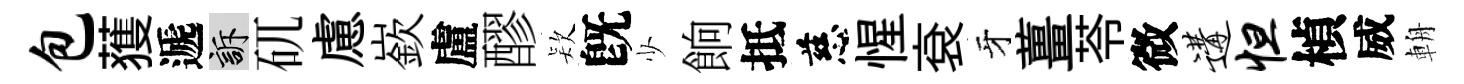
包𫉬遞訴矹慮嶔盧醪𣣇旣少餉抵慈惺袞牙薑苓微遘怛楨威輈